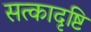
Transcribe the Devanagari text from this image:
सत्कादृष्टि